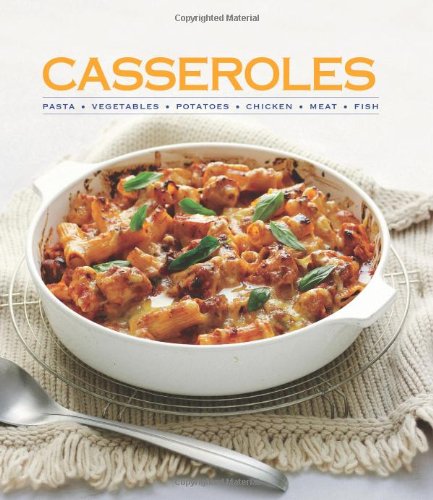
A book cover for Casseroles; Pamela Clark; Cookbooks, Food & Wine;